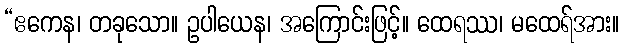
“ဧကေန၊ တခုသော။ ဥပါယေန၊ အကြောင်းဖြင့်။ ထေရဿ၊ မထေရ်အား။